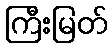
ကြီးမြတ်